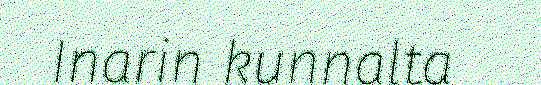
Inarin kunnalta